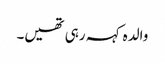
والدہ کہہ رہی تھیں۔